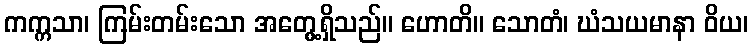
ကက္ကသာ၊ ကြမ်းတမ်းသော အတွေ့ရှိသည်။ ဟောတိ။ သောတံ၊ ဃံသယမာနာ ဝိယ၊